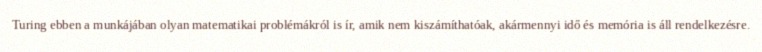
Turing ebben a munkájában olyan matematikai problémákról is ír, amik nem kiszámíthatóak, akármennyi idő és memória is áll rendelkezésre.